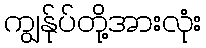
ကျွန်ုပ်တို့အားလုံး